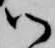
御